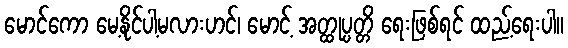
မောင်ကော မေ့နိုင်ပါ့မလားဟင်၊ မောင့် အတ္ထုပ္ပတ္တိ ရေးဖြစ်ရင် ထည့်ရေးပါ။